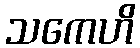
သကေဟိ